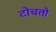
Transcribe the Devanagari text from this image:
टोचतो